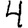
Digit: 4